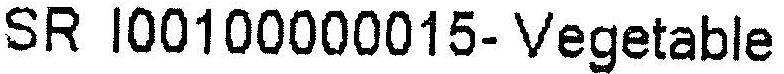
SR I00100000015- VEGETABLE